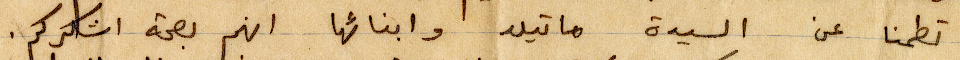
تطمنا عن السيدة ماتيلد وابنائها انهم بصحة اشكركم.